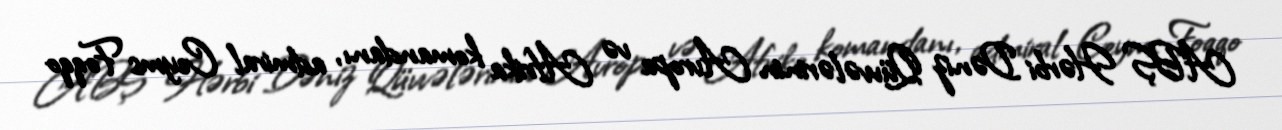
ABŞ Hərbi Dəniz Qüvvələrinin Avropa və Afrika komandanı, admiral Ceyms Foqqo